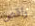
راقص